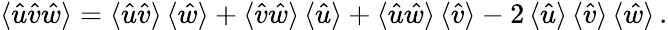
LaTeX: \mathinner{\langle{\hat{u}\hat{v}\hat{w}}\rangle}=\mathinner{\langle{\hat{u}\hat{v}}\rangle}\mathinner{\langle{\hat{w}}\rangle}+\mathinner{\langle{\hat{v}\hat{w}}\rangle}\mathinner{\langle{\hat{u}}\rangle}+\mathinner{\langle{\hat{u}\hat{w}}\rangle}\mathinner{\langle{\hat{v}}\rangle}-2\mathinner{\langle{\hat{u}}\rangle}\mathinner{\langle{\hat{v}}\rangle}\mathinner{\langle{\hat{w}}\rangle}.